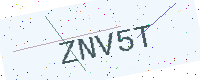
Text: ZNV5T